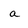
Character: a